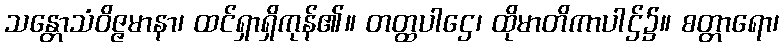
သန္တောသံဝိဇ္ဇမာနာ၊ ထင်ရှာရှိကုန်၏။ တတ္ထပါဌေ၊ ထိုမာတိကာပါဌ်၌။ စတ္တာရော၊